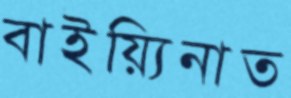
বাইয়্যিনাত